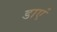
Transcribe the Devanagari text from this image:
डाएं